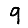
Digit: 9